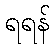
ရရန်